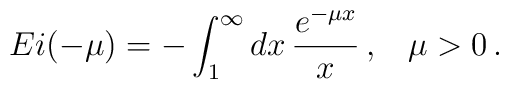
Ei(-\mu)=-\int_{1}^{\infty}dx\, \frac{e^{-\mu x}}{x} \, {,} \, \, \, \, \, \,\mu > 0\, {.}